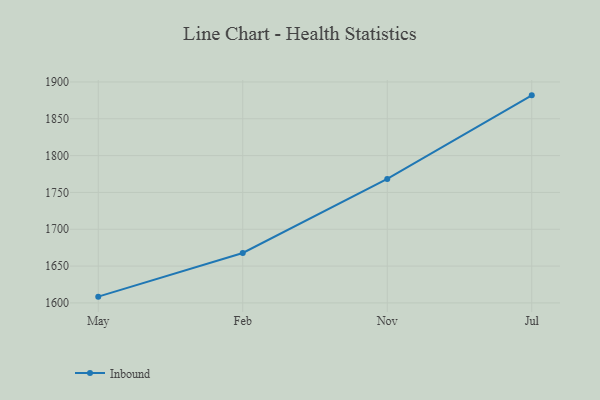
{"axis": {"x": "Month", "y": "Headcount"}, "legend": ["Inbound"], "data": [{"x": "May", "y": 1608.5, "type": "Inbound"}, {"x": "Feb", "y": 1667.8, "type": "Inbound"}, {"x": "Nov", "y": 1768.4, "type": "Inbound"}, {"x": "Jul", "y": 1881.8, "type": "Inbound"}]}